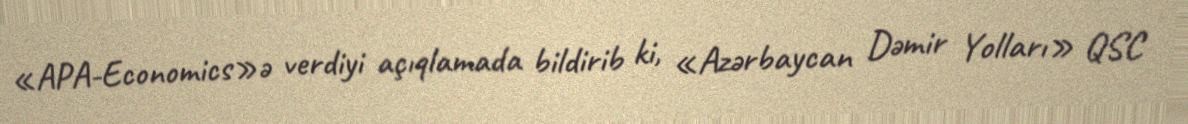
«APA-Economics»ə verdiyi açıqlamada bildirib ki, «Azərbaycan Dəmir Yolları» QSC